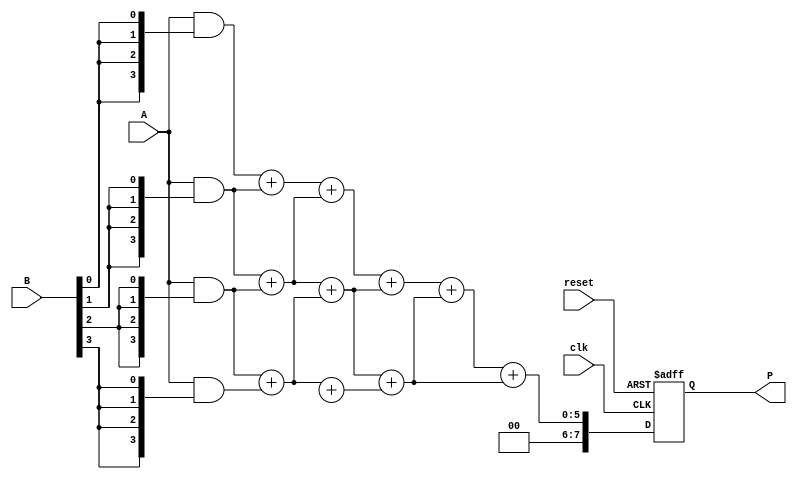
module dadda_multiplier #(parameter N = 4) (
    input  wire [N-1:0] A,  // Multiplicand
    input  wire [N-1:0] B,  // Multiplier
    input  wire clk,        // Clock signal
    input  wire reset,      // Reset signal
    output reg [2*N-1:0] P  // Product
);

    // Intermediate wires for partial products and reduction
    wire [N-1:0] pp [0:N-1]; // Partial products
    wire [N:0] sum [0:N-1];  // Sums for reduction
    wire [N:0] carry [0:N-1]; // Carries for reduction

    // Generate partial products
    genvar i;
    generate
        for (i = 0; i < N; i = i + 1) begin : pp_gen
            assign pp[i] = A & {N{B[i]}};
        end
    endgenerate

    // Reduction tree using Dadda algorithm
    integer j, k;
    always @(posedge clk or posedge reset) begin
        if (reset) begin
            P <= 0;
        end else begin
            // Stage 1: First reduction of the partial products
            for (j = 0; j < N-1; j = j + 1) begin
                {carry[j], sum[j]} = pp[j] + pp[j+1];
            end
            
            // Subsequent stages
            for (k = 1; k < N; k = k + 1) begin
                for (j = 0; j < N-k; j = j + 1) begin
                    {carry[j], sum[j]} = sum[j] + sum[j+1];
                end
            end

            // Final addition
            P <= sum[0] + sum[1];
        end
    end

endmodule